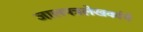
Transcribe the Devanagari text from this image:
जालपत्रलेखकांचे